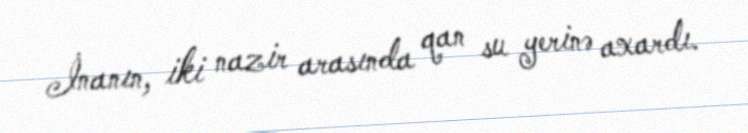
İnanın, iki nazir arasında qan su yerinə axardı.